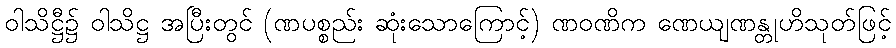
ဝါသိဋ္ဌီ၌ ဝါသိဋ္ဌ အပြီးတွင် (ဏပစ္စည်း ဆုံးသောကြောင့်) ဏဝဏိက ဏေယျဏန္တုဟိသုတ်ဖြင့်